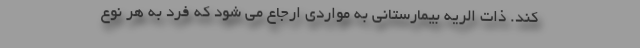
کند. ذات الریه بیمارستانی به مواردی ارجاع می شود که فرد به هر نوع